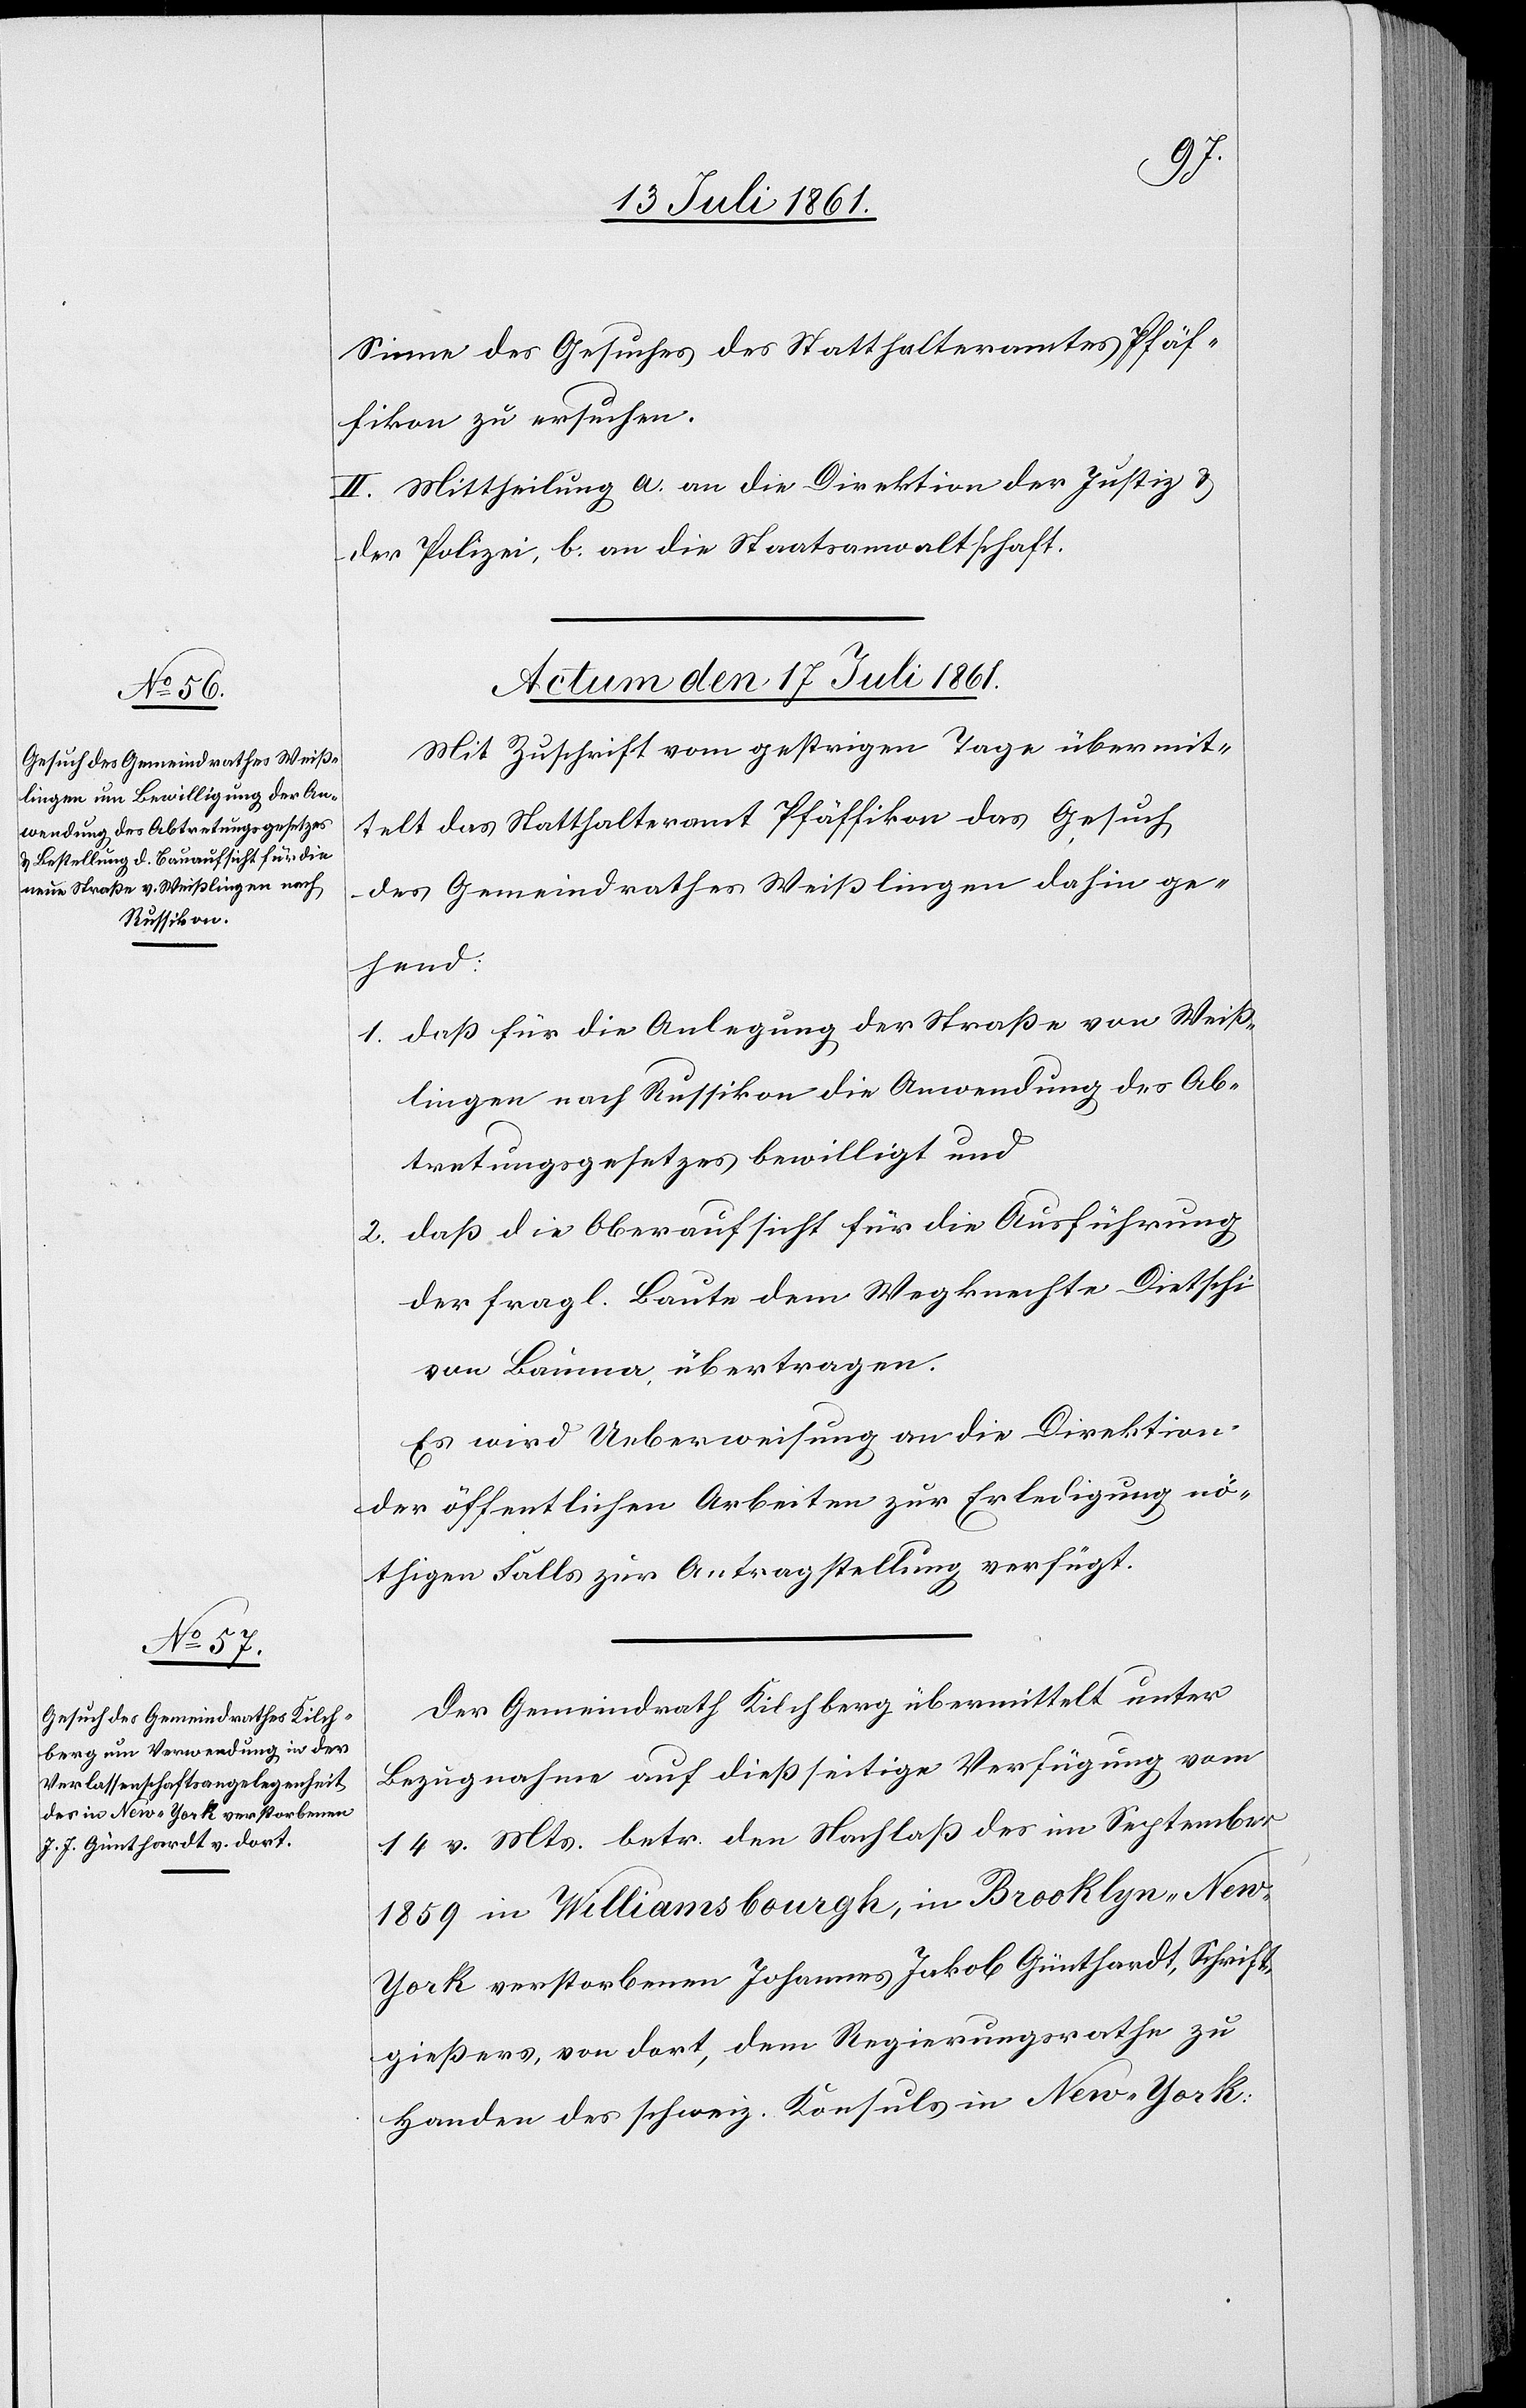
Sinne des Gesuches des Statthalteramtes Pfäf¬
fikon zu ersuchen.
II. Mittheilung a. an die Direktion der Justiz u.
der Polizei b. an die Staatsanwaltschaft.
Actum den 17 Juli 1861.]
Mit Zuschrift vom gestrigen Tage übermit¬
telt das Statthalteramt Pfäffikon das Gesuch,
des Gemeindrathes Weißlingen dahin ge¬
hend:
1. daß für die Anlegung der Straße von Weiß¬
lingen nach Russikon die Anwendung des Ab¬
tretungsgesetzes bewilligt und
2. daß die Oberaufsicht für die Auslieferung
der fragl. Baute dem Wegknechte Dietschi
von Bauma übertragen.
Es wird Ueberweisung an die Direktion
der öffentlichen Arbeiten zur Erledigung nö¬
thigen Falls zur Antragstellung verfügt.
Der Gemeindrath Kilchberg übermittelt unter
Bezugnahme auf dießseitige Verfügung vom
14 v. Mts. betr. den Nachlaß der im September
1859 in Williamsbourgh, in Brooklyn, New-Y¬
ork verstorbenen Johannes Jakob Günthardt, Schrift¬
gießers, von dort, dem Regierungsrathe zu
Handen des schweiz. Konsuls in New-York.